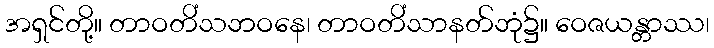
အရှင်တို့။ တာဝတိံသဘဝနေ၊ တာဝတိံသာနတ်ဘုံ၌။ ဝေဇယန္တာဿ၊